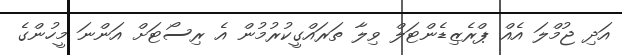
އަދި ޖުމްލަ އެއް ޕްރެޒިޑެންޓަލް ވިލާ ތަރައްގީކުރުމުން އެ ރިސޯޓަށް އަންނަ މީހުންގެ